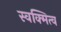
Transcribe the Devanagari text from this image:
स्वक्मित्व